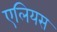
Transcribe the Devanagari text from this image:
एलियस